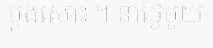
ម្តងសោះ ។ នាថ្ងៃមួយ